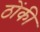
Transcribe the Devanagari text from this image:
ठोंकी